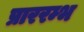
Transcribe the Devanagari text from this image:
प्राररम्भ